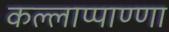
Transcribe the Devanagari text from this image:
कल्लाप्पाण्णा